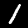
Label: 1